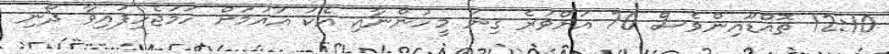
12:10 ތޮއްޑޫއިންވެސް 70 އަށްވުރެ ގިނަ މީހުންނާއި އެކު އައުމަށް ހަމަޖެހިފައިވާ ދޯނި